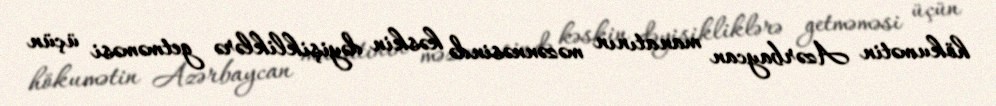
hökumətin Azərbaycan manatının məzənnəsində kəskin dəyişikliklərə getməməsi üçün